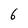
Character: 6